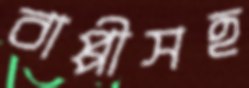
বাপ্পীসহ